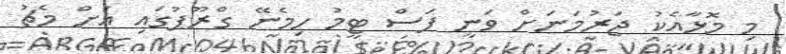
މި މޮޅާއެކު ޖަރުމަނަށް ވަނީ ފަސް ޓީމު ހިމެނޭ ގްރޫޕުގައި އަށް މެޗު